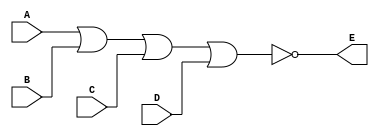
`timescale 1ns / 1ps
//////////////////////////////////////////////////////////////////////////////////
// Company: 
// Engineer: 
// 
// Design Name: 
// Module Name: noorgate
// Project Name: 
// Target Devices: 
// Tool Versions: 
// Description: 
// 
// Dependencies: 
// 
// Revision:
// Revision 0.01 - File Created
// Additional Comments:
// 
//////////////////////////////////////////////////////////////////////////////////


module noorgate
# (parameter WIDTH = 1,PORTNUMBER = 2) 
(

    input [WIDTH - 1:0]A,
    input [WIDTH - 1:0]B,
    input [WIDTH - 1:0]C,
    input [WIDTH - 1:0]D,
    output [WIDTH - 1:0]E
    );
    assign E = ~(A|B|C|D); 
endmodule